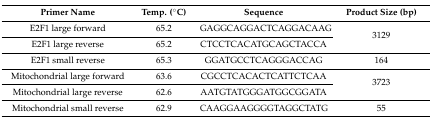
<table><thead><tr><td><b>Primer Name</b></td><td><b>Temp. (°C)</b></td><td><b>Sequence</b></td><td><b>Product Size (bp)</b></td></tr></thead><tbody><tr><td>E2F1 large forward</td><td>65.2</td><td>GAGGCAGGACTCAGGACAAG</td><td rowspan="2">3129</td></tr><tr><td>E2F1 large reverse</td><td>65.2</td><td>CTCCTCACATGCAGCTACCA</td></tr><tr><td>E2F1 small reverse</td><td>65.3</td><td>GGATGCCTCAGGGACCAG</td><td>164</td></tr><tr><td>Mitochondrial large forward</td><td>63.6</td><td>CGCCTCACACTCATTCTCAA</td><td rowspan="2">3723</td></tr><tr><td>Mitochondrial large reverse</td><td>62.6</td><td>AATGTATGGGATGGCGGATA</td></tr><tr><td>Mitochondrial small reverse</td><td>62.9</td><td>CAAGGAAGGGGTAGGCTATG</td><td>55</td></tr></tbody></table>